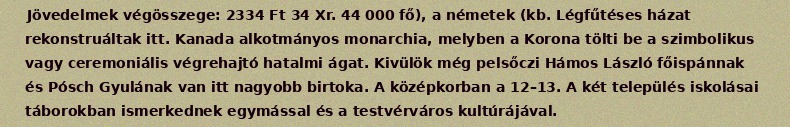
Jövedelmek végösszege: 2334 Ft 34 Xr. 44 000 fő), a németek (kb. Légfűtéses házat rekonstruáltak itt. Kanada alkotmányos monarchia, melyben a Korona tölti be a szimbolikus vagy ceremoniális végrehajtó hatalmi ágat. Kivülök még pelsőczi Hámos László főispánnak és Pósch Gyulának van itt nagyobb birtoka. A középkorban a 12–13. A két település iskolásai táborokban ismerkednek egymással és a testvérváros kultúrájával.